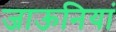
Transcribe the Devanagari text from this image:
जाऊनियां